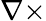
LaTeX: \nabla\times